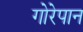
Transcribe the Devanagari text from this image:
गोरेपान